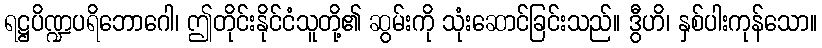
ရဋ္ဌပိဏ္ဍပရိဘောဂေါ၊ ဤတိုင်းနိုင်ငံသူတို့၏ ဆွမ်းကို သုံးဆောင်ခြင်းသည်။ ဒွီဟိ၊ နှစ်ပါးကုန်သော။